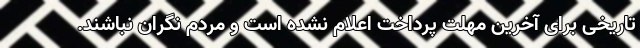
تاریخی برای آخرین مهلت پرداخت اعلام نشده‌ است و مردم نگران نباشند.